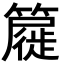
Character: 𮆧